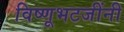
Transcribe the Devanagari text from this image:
विष्णूभटजींनी